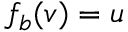
f _ { b } ( v ) = u